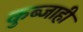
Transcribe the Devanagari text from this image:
कुब्जाही